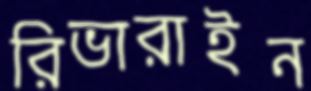
রিভারাইন